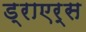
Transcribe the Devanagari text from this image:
ड्राएर्स